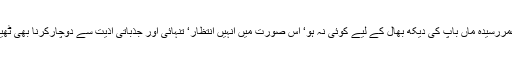
اوراگرعمررسیدہ ماں باپ کی دیکھ بھال کے لیے کوئی نہ ہو‘ اس صورت میں انہیں انتظار‘ تنہائی اور جذباتی اذیت سے دوچارکرنا بھی ٹھیک نہیں۔